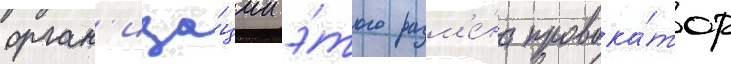
орган'иза́ции э́того разм'е́на провока́тор